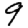
Digit: 9